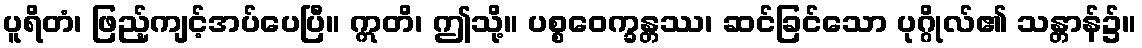
ပူရိတံ၊ ဖြည့်ကျင့်အပ်ပေပြီ။ ဣတိ၊ ဤသို့။ ပစ္စဝေက္ခန္တဿ၊ ဆင်ခြင်သော ပုဂ္ဂိုလ်၏ သန္တာန်၌။